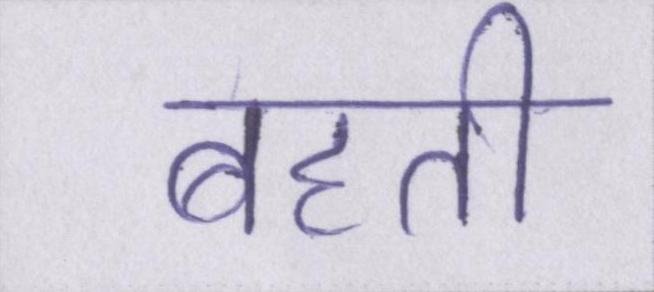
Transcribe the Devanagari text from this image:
बहती